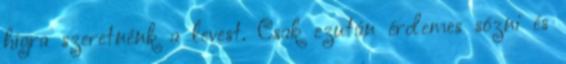
hígra szeretnénk a levest. Csak ezután érdemes sózni és